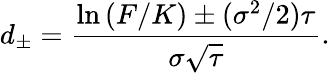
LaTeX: d_{\pm}={\frac{\ln\left(F/K\right)\pm(\sigma^{2}/2)\tau}{\sigma{\sqrt{\tau}}}}.